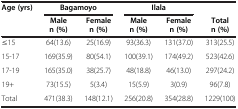
<table><thead><tr><td><b>Age (yrs)</b></td><td colspan="2"><b>Bagamoyo</b></td><td colspan="2"><b>Ilala</b></td><td><b> </b></td></tr><tr><td><b> </b></td><td><b>Male n (%)</b></td><td><b>Female n (%)</b></td><td><b>Male n (%)</b></td><td><b>Female n (%)</b></td><td><b>Total n (%)</b></td></tr></thead><tbody><tr><td>≤15</td><td>64(13.6)</td><td>25(16.9)</td><td>93(36.3)</td><td>131(37.0)</td><td>313(25.5)</td></tr><tr><td>15-17</td><td>169(35.9)</td><td>80(54.1)</td><td>100(39.1)</td><td>174(49.2)</td><td>523(42.6)</td></tr><tr><td>17-19</td><td>165(35.0)</td><td>38(25.7)</td><td>48(18.8)</td><td>46(13.0)</td><td>297(24.2)</td></tr><tr><td>19+</td><td>73(15.5)</td><td>5(3.4)</td><td>15(5.9)</td><td>3(0.9)</td><td>96(7.8)</td></tr><tr><td>Total</td><td>471(38.3)</td><td>148(12.1)</td><td>256(20.8)</td><td>354(28.8)</td><td>1229(100)</td></tr></tbody></table>